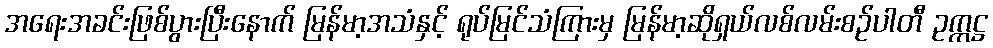
အရေးအခင်းဖြစ်ပွားပြီးနောက် မြန်မာ့အသံနှင့် ရုပ်မြင်သံကြားမှ မြန်မာ့ဆိုရှယ်လစ်လမ်းစဉ်ပါတီ ဥက္ကဋ္ဌ